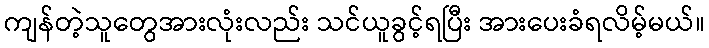
ကျန်တဲ့သူတွေအားလုံးလည်း သင်ယူခွင့်ရပြီး အားပေးခံရလိမ့်မယ်။